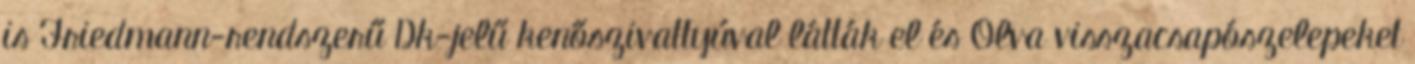
is Friedmann-rendszerű Dk-jelű kenőszivattyúval látták el és Olva visszacsapószelepeket